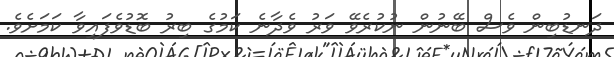
ދަނޑުބިން ވެސް ބޭނުން ނުކުރެވޭ ވަރު ވެދާނެ ކަމުގެ ބިރު ބޮޑުވެފައިވާ ކަމަށެވެ.